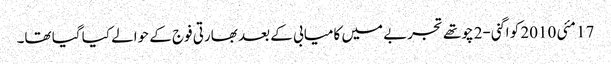
17 مئی 2010 کو اگنی-2 چوتھے تجربے میں کامیابی کے بعد بھارتی فوج کے حوالے کیا گیا تھا۔